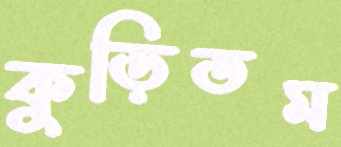
কুড়িতম